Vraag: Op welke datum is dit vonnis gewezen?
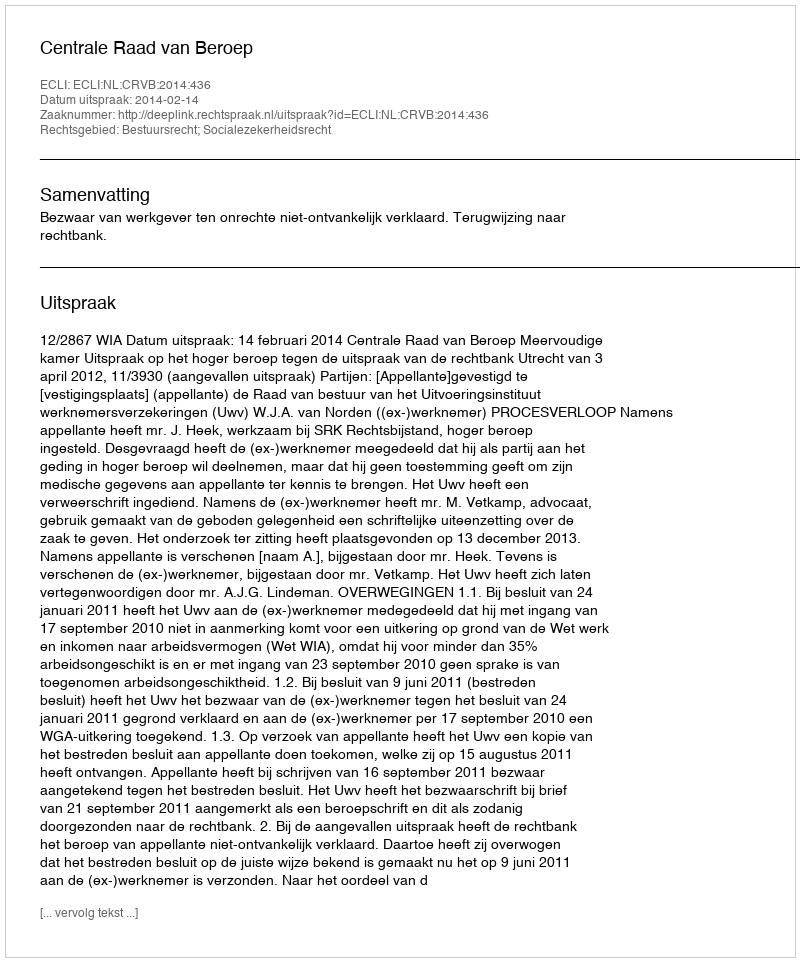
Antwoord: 2014-02-14